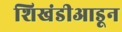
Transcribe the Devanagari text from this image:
शिखंडीआडून